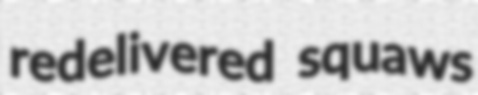
redelivered squaws